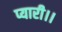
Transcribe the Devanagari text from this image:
प्यारी।।